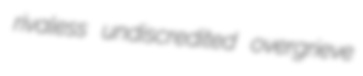
rivaless undiscredited overgrieve